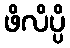
ဖိလိပ္ပိ